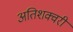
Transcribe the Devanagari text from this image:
अतिशक्वरी